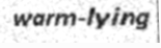
warm-lying